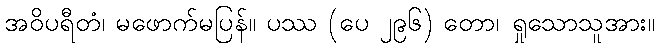
အဝိပရီတံ၊ မဖောက်မပြန်။ ပဿ (ပေ ၂၉၆) တော၊ ရှုသောသူအား။